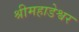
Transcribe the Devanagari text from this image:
श्रीमहाडेश्वर